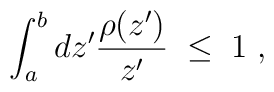
\int_a^b d z^\prime {\rho(z^\prime)\over z^\prime} \;\leq \;1\;,